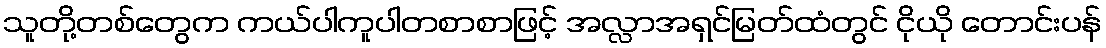
သူတို့တစ်တွေက ကယ်ပါကူပါတစာစာဖြင့် အလ္လာအရှင်မြတ်ထံတွင် ငိုယို တောင်းပန်